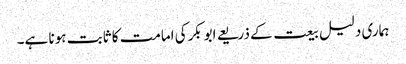
ہماری دلیل بیعت کے ذریعے ابوبکرکی امامت کا ثابت ہونا ہے۔